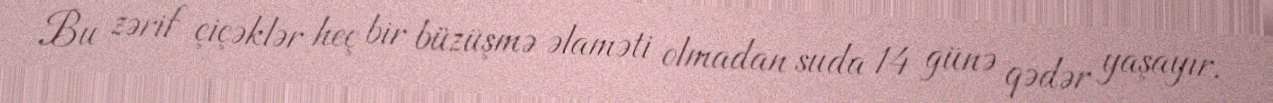
Bu zərif çiçəklər heç bir büzüşmə əlaməti olmadan suda 14 günə qədər yaşayır.